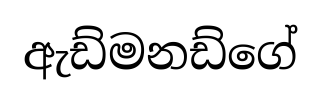
ඇඩ්මනඩ්ගේ